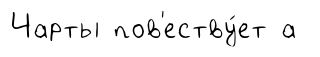
Чарты пов'еству́ет а